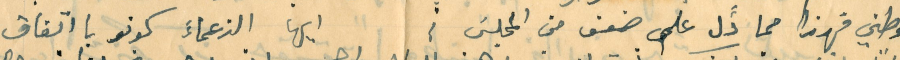
وطني فهذا مما دََّل على ضعف من المجلسَ؛ ايها الزعماءَ كونو بااتفاق